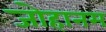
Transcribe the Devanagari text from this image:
जोहानम